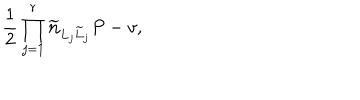
{ \frac { 1 } { 2 } } \prod _ { j = 1 } ^ { r } { \bf \widetilde n } _ { L _ { j } \widetilde L _ { j } } P - v ,